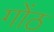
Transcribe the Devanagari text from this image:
गोंठ